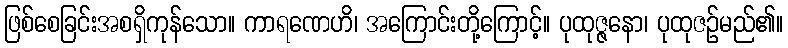
ဖြစ်စေခြင်းအစရှိကုန်သော။ ကာရဏေဟိ၊ အကြောင်းတို့ကြောင့်။ ပုထုဇ္ဇနော၊ ပုထုဇဉ်မည်၏။